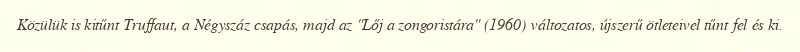
Közülük is kitűnt Truffaut, a Négyszáz csapás, majd az "Lőj a zongoristára" (1960) változatos, újszerű ötleteivel tűnt fel és ki.